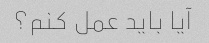
آیا باید عمل کنم؟